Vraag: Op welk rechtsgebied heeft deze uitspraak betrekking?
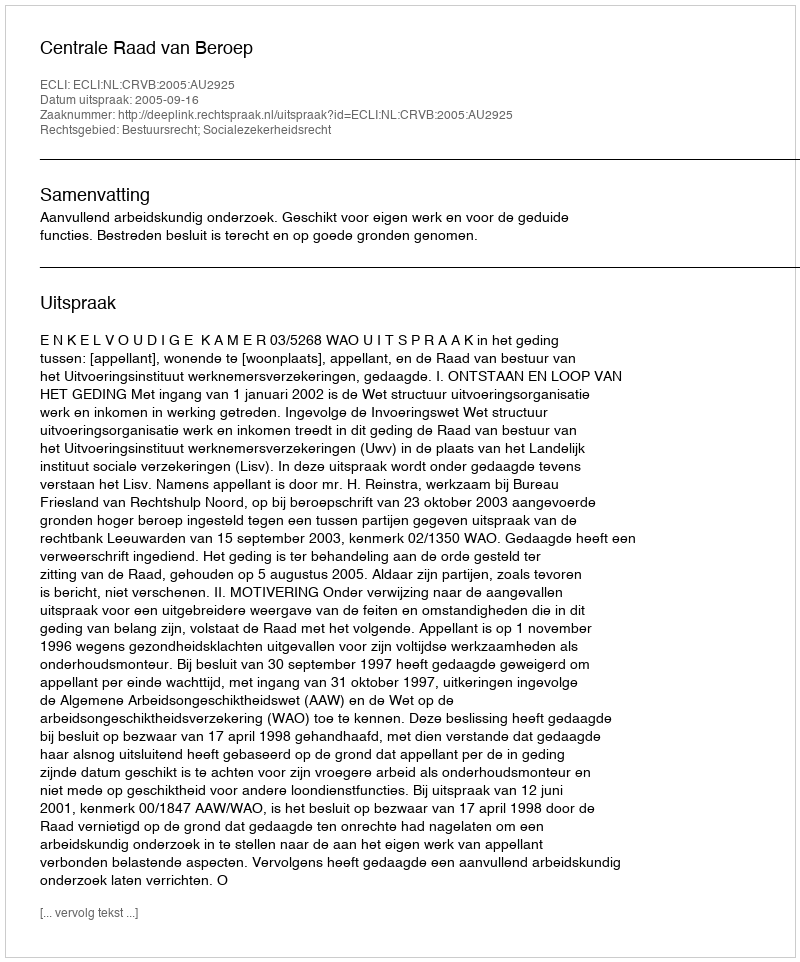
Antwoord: Bestuursrecht; Socialezekerheidsrecht